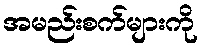
အမည်းစက်များကို